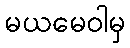
မယမေဝါမှ